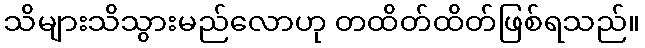
သိများသိသွားမည်လောဟု တထိတ်ထိတ်ဖြစ်ရသည်။